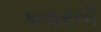
કતારની